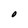
Character: O